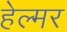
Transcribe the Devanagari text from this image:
हेल्मर